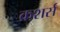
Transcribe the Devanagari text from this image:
क्रशर्स